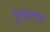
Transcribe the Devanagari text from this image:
टूल्सेटचा